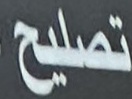
تصليح